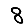
Digit: 8